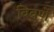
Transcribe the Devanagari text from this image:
विवर्णे